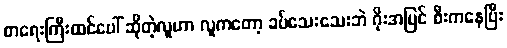
စာရေးကြီးထင်ပေါ် ဆိုတဲ့လူဟာ လူကတော့ ခပ်သေးသေးဘဲ ဂိုးအပြင် စီးကနေပြီး